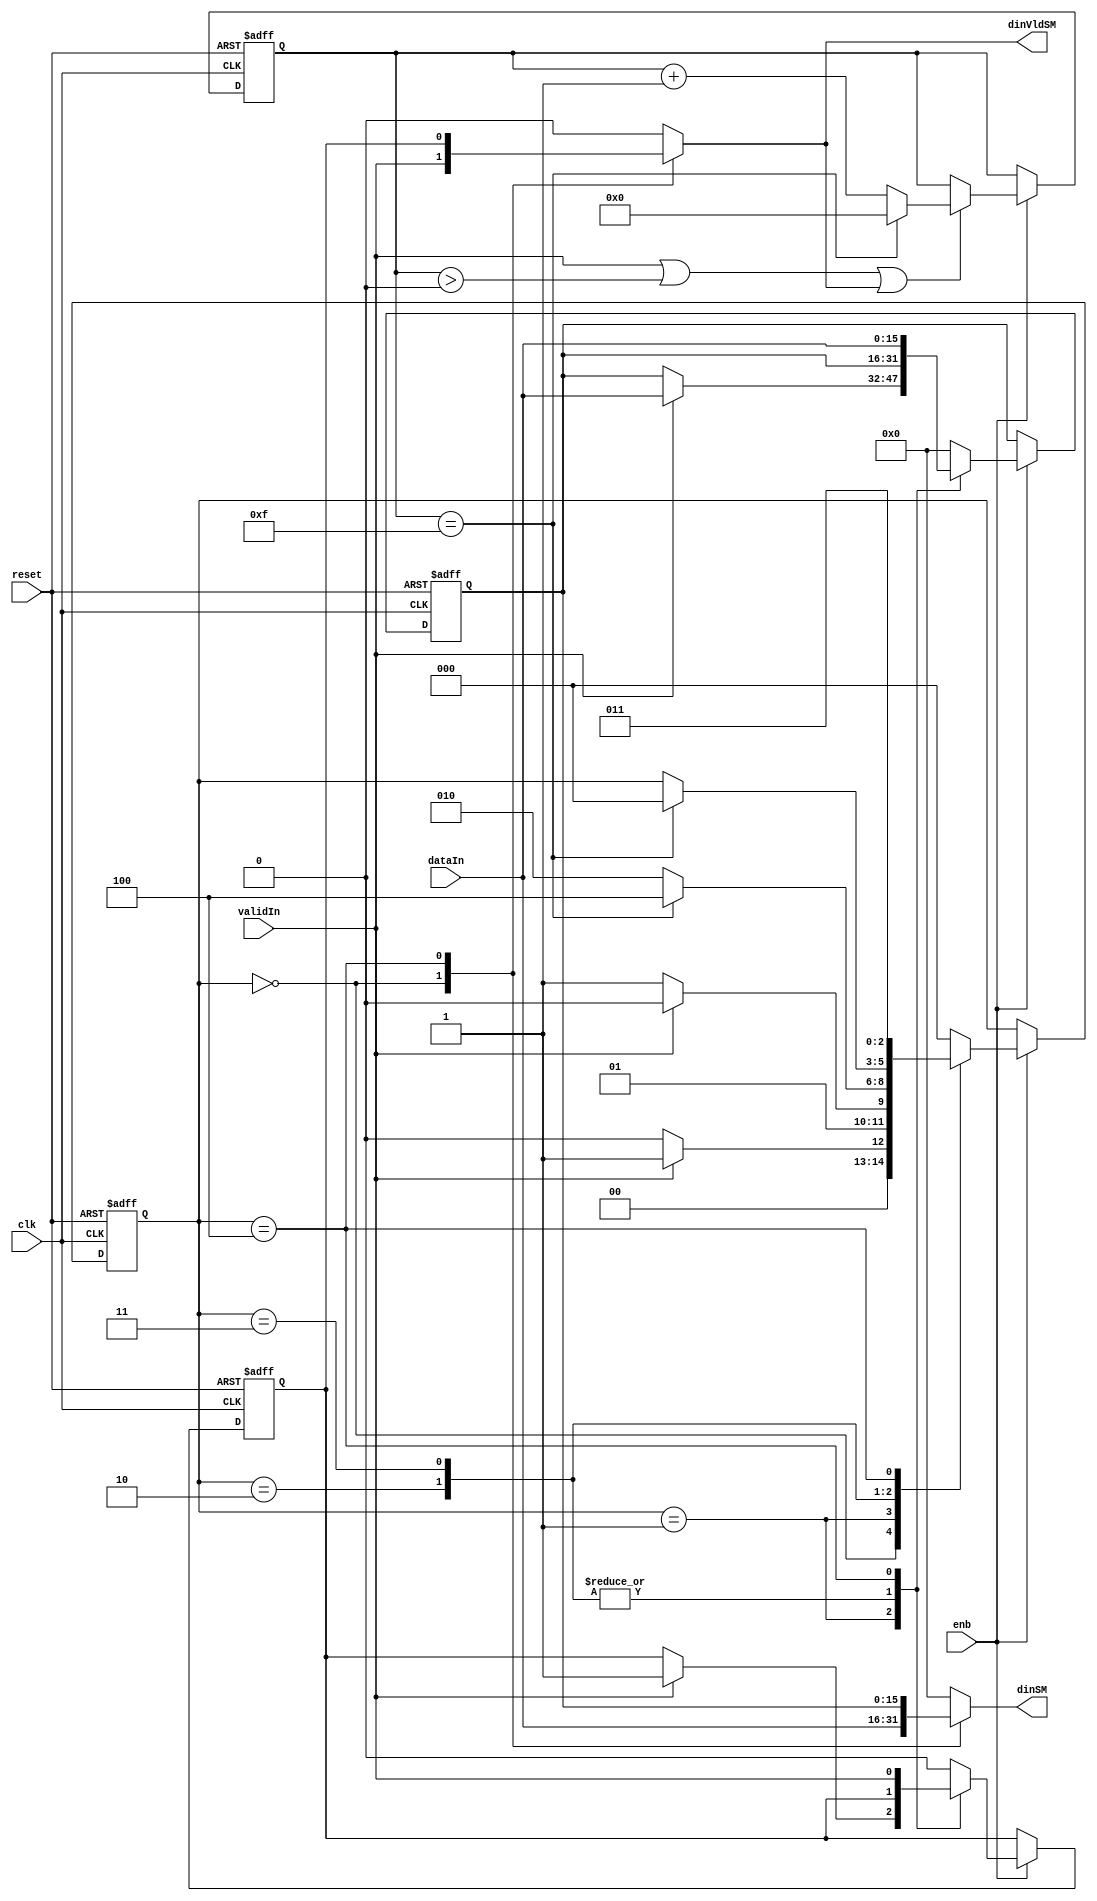
// -------------------------------------------------------------
// 
// 
// Generated by MATLAB 9.13 and HDL Coder 4.0
// 
// -------------------------------------------------------------


// -------------------------------------------------------------
// 
// Module: FirRdyLogic_block4
// Source Path: DUCforLTEHDL/HDL_DUC/Lowpass Interpolator/DUCforLTEHDL/HDL_DUC/Lowpass Interpolator/FIRFilter2/FirRdyLogic
// Hierarchy Level: 3
// 
// -------------------------------------------------------------

`timescale 1 ns / 1 ns

module FirRdyLogic_block4
          (clk,
           reset,
           enb,
           dataIn,
           validIn,
           dinSM,
           dinVldSM);


  input   clk;
  input   reset;
  input   enb;
  input   signed [15:0] dataIn;  // sfix16_En15
  input   validIn;
  output  signed [15:0] dinSM;  // sfix16_En15
  output  dinVldSM;


  wire syncReset;
  reg signed [15:0] firRdy_xdin;  // sfix16
  reg  firRdy_xdinVld;
  reg [2:0] firRdy_state;  // ufix3
  reg  firRdy_readyReg;
  reg [3:0] firRdy_count;  // ufix4
  reg signed [15:0] firRdy_xdin_next;  // sfix16_En15
  reg  firRdy_xdinVld_next;
  reg [2:0] firRdy_state_next;  // ufix3
  reg  firRdy_readyReg_next;
  reg [3:0] firRdy_count_next;  // ufix4
  reg  readySM;
  reg signed [15:0] dinSM_1;  // sfix16_En15
  reg  dinVldSM_1;
  reg  firRdy_out2_0;
  reg [3:0] firRdy_count_temp;  // ufix4


  assign syncReset = 1'b0;



  // rdyLogic
  always @(posedge clk or posedge reset)
    begin : firRdy_process
      if (reset == 1'b1) begin
        firRdy_state <= 3'b000;
        firRdy_xdin <= 16'sb0000000000000000;
        firRdy_xdinVld <= 1'b0;
        firRdy_readyReg <= 1'b1;
        firRdy_count <= 4'b0000;
      end
      else begin
        if (enb) begin
          firRdy_xdin <= firRdy_xdin_next;
          firRdy_xdinVld <= firRdy_xdinVld_next;
          firRdy_state <= firRdy_state_next;
          firRdy_readyReg <= firRdy_readyReg_next;
          firRdy_count <= firRdy_count_next;
        end
      end
    end

  always @(dataIn, firRdy_count, firRdy_readyReg, firRdy_state, firRdy_xdin,
       firRdy_xdinVld, syncReset, validIn) begin
    firRdy_count_temp = firRdy_count;
    firRdy_xdin_next = firRdy_xdin;
    firRdy_xdinVld_next = firRdy_xdinVld;
    firRdy_state_next = firRdy_state;
    firRdy_readyReg_next = firRdy_readyReg;
    if ( ! syncReset) begin
      case ( firRdy_state)
        3'b000 :
          begin
            dinSM_1 = dataIn;
            firRdy_out2_0 = validIn;
            firRdy_state_next = 3'b000;
            firRdy_readyReg_next = 1'b1;
            firRdy_xdin_next = 16'sb0000000000000000;
            firRdy_xdinVld_next = 1'b0;
            if (validIn) begin
              firRdy_state_next = 3'b001;
              firRdy_readyReg_next = 1'b0;
            end
          end
        3'b001 :
          begin
            dinSM_1 = 16'sb0000000000000000;
            firRdy_out2_0 = 1'b0;
            firRdy_state_next = 3'b011;
            if (validIn) begin
              firRdy_state_next = 3'b010;
              firRdy_xdin_next = dataIn;
              firRdy_xdinVld_next = 1'b1;
            end
          end
        3'b010 :
          begin
            dinSM_1 = 16'sb0000000000000000;
            firRdy_out2_0 = 1'b0;
            firRdy_state_next = 3'b010;
            if (firRdy_count == 4'b1111) begin
              firRdy_state_next = 3'b100;
            end
            firRdy_readyReg_next = 1'b0;
          end
        3'b011 :
          begin
            if (firRdy_count == 4'b1111) begin
              firRdy_readyReg_next = 1'b1;
              firRdy_state_next = 3'b000;
            end
            dinSM_1 = 16'sb0000000000000000;
            firRdy_out2_0 = 1'b0;
          end
        3'b100 :
          begin
            firRdy_state_next = 3'b011;
            dinSM_1 = firRdy_xdin;
            firRdy_out2_0 = firRdy_xdinVld;
            firRdy_xdin_next = dataIn;
            firRdy_xdinVld_next = validIn;
          end
        default :
          begin
            dinSM_1 = 16'sb0000000000000000;
            firRdy_out2_0 = 1'b0;
            firRdy_state_next = 3'b000;
            firRdy_xdin_next = 16'sb0000000000000000;
            firRdy_xdinVld_next = 1'b0;
            firRdy_readyReg_next = 1'b1;
          end
      endcase
    end
    else begin
      firRdy_state_next = 3'b000;
      firRdy_xdin_next = 16'sb0000000000000000;
      firRdy_xdinVld_next = 1'b0;
      firRdy_readyReg_next = 1'b0;
      firRdy_count_temp = 4'b0000;
      firRdy_out2_0 = 1'b0;
      dinSM_1 = dataIn;
    end
    if ((validIn || (firRdy_count_temp > 4'b0000)) || firRdy_out2_0) begin
      if (firRdy_count_temp == 4'b1111) begin
        firRdy_count_temp = 4'b0000;
      end
      else begin
        firRdy_count_temp = firRdy_count_temp + 4'b0001;
      end
    end
    readySM = firRdy_readyReg;
    dinVldSM_1 = firRdy_out2_0;
    firRdy_count_next = firRdy_count_temp;
  end



  assign dinSM = dinSM_1;

  assign dinVldSM = dinVldSM_1;

endmodule  // FirRdyLogic_block4